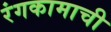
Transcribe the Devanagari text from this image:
रंगकामाची